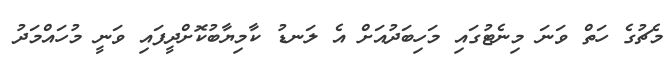
މެޗުގެ ހަތް ވަނަ މިނެޓުގައި މަހިބަދުއަށް އެ ލަނޑު ކާމިޔާބުކޮށްދީފައި ވަނީ މުހައްމަދު